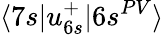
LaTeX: \langle 7s|u_{6s}^{+}|6s^{PV}\rangle